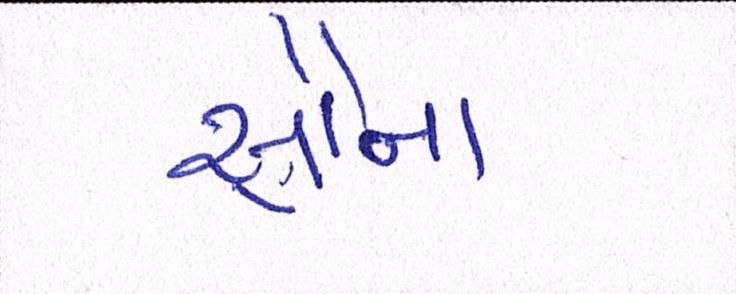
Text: સૌનો